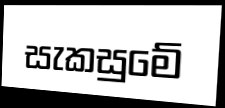
සැකසුමේ